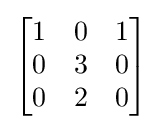
{\begin{bmatrix}1&0&1\\0&3&0\\0&2&0\end{bmatrix}}